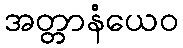
အတ္တာနံယေဝ